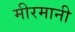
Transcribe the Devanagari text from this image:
मीरमानी